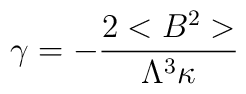
\gamma = - \frac{2<B^2>}{\Lambda^3 \kappa}